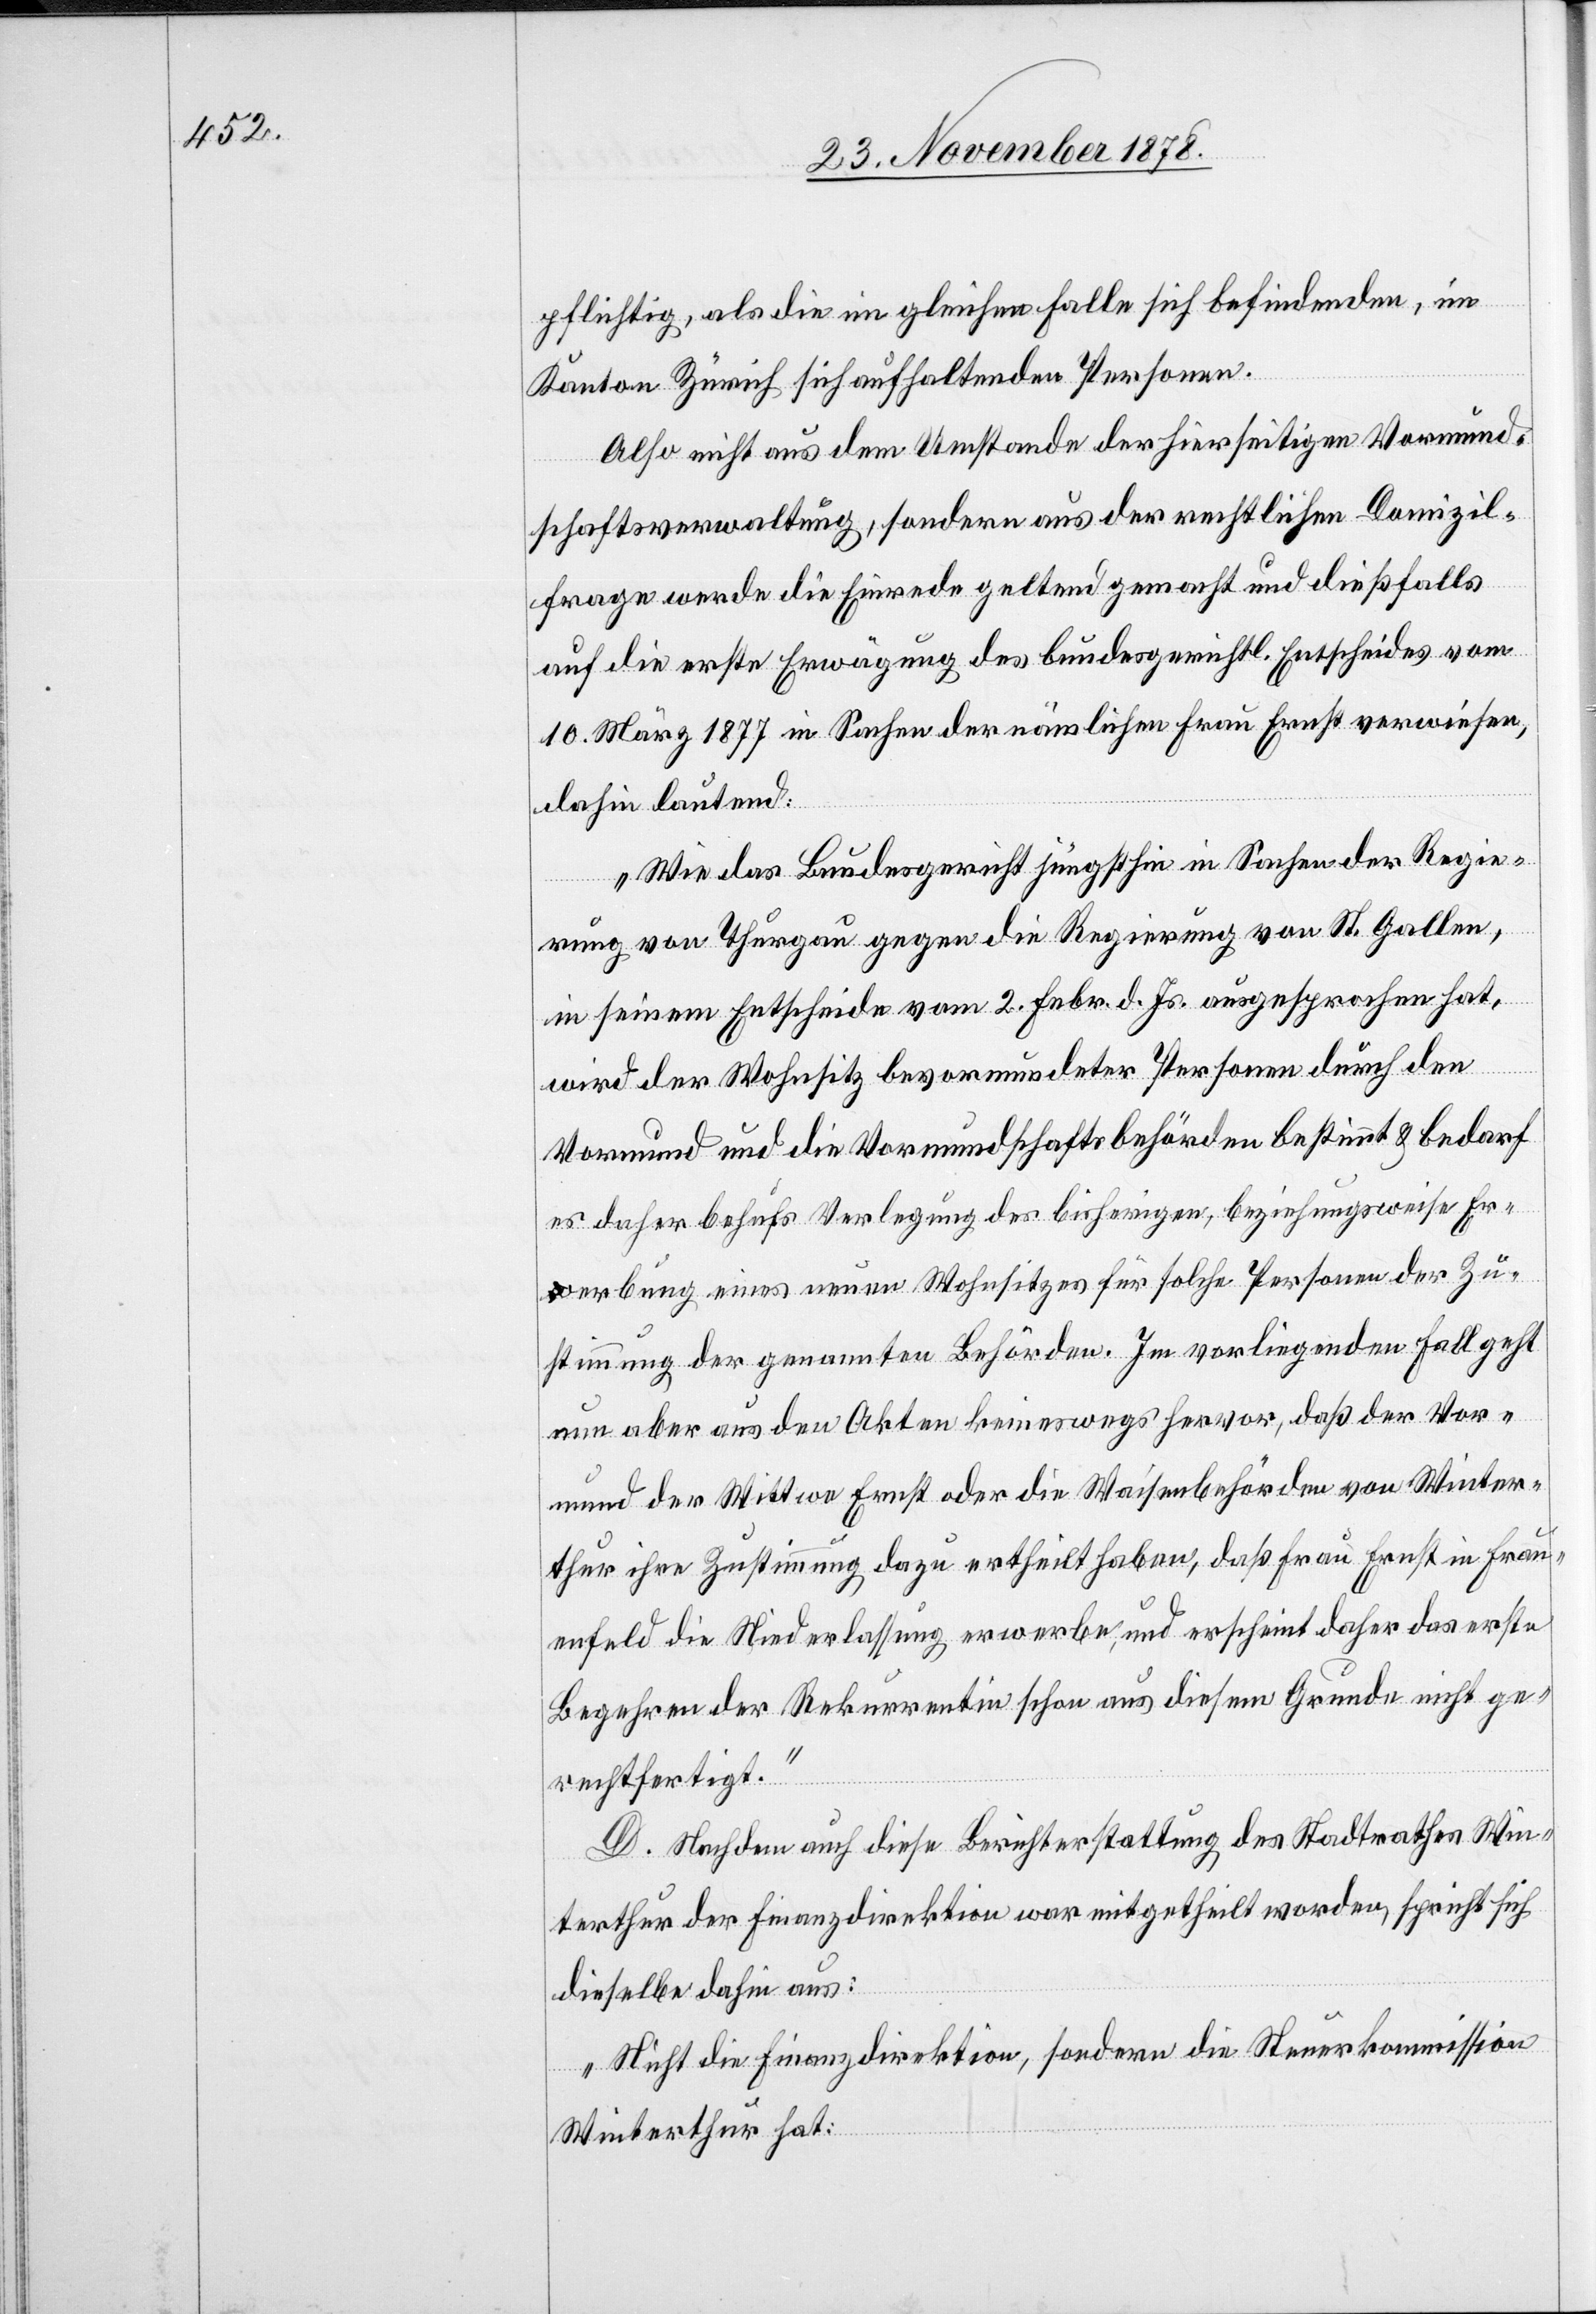
pflichtig, als die im gleichen Falle sich befindenden, im
Kanton Zürich sich aufhaltenden Personen.
Also nicht aus dem Umstande der hierseitigen Vormund¬
schaftsverwaltung, sondern aus der rechtlichen Domizil¬
frage werde die Erwägung des bundesgerichtl. Entscheides
10. März 1877 in Sachen der nämlichen Frau Ernst verwiesen,
dahin lautend:
„Wie das Bundesgericht jüngsthin in Sachen der Regie¬
rung von Thurgau gegen die Regierung von St. Gallen,
in seinem Entscheide vom 2. Febr. d. Js. ausgesprochen hat,
wird der Wohnsitz bevormundeter Personen durch den
Vormund und die Vormundschaftsbehörden bestimmt & bedarf
es daher behufs Verlegung des bisherigen, beziehungsweise Er¬
werbung eines neuen Wohnsitzes für solche Personen der Zu¬
stimmung der genannten Behörden. Im vorliegenden Fall geht
nun aber aus den Akten keineswegs hervor, daß der Vor¬
mund der Wittwe Ernst oder die Waisenbehörden von Winter¬
thur ihre Zustimmung dazu ertheilt haben, daß Frau Ernst in Frau¬
enfeld die Niederlassung erwerbe, und erscheint daher das erste
Begehren der Rekurrentin schon aus diesem Grunde nicht ge¬
rechtfertigt.“
D. Nachdem auch diese Berichterstattung des Stadtrathes Win¬
terthur der Finanzdirektion war mitgetheilt worden, spricht sich
dieselbe dahin aus:
„Nicht die Finanzdirektion, sondern die Steuerkommission
Winterthur hat: